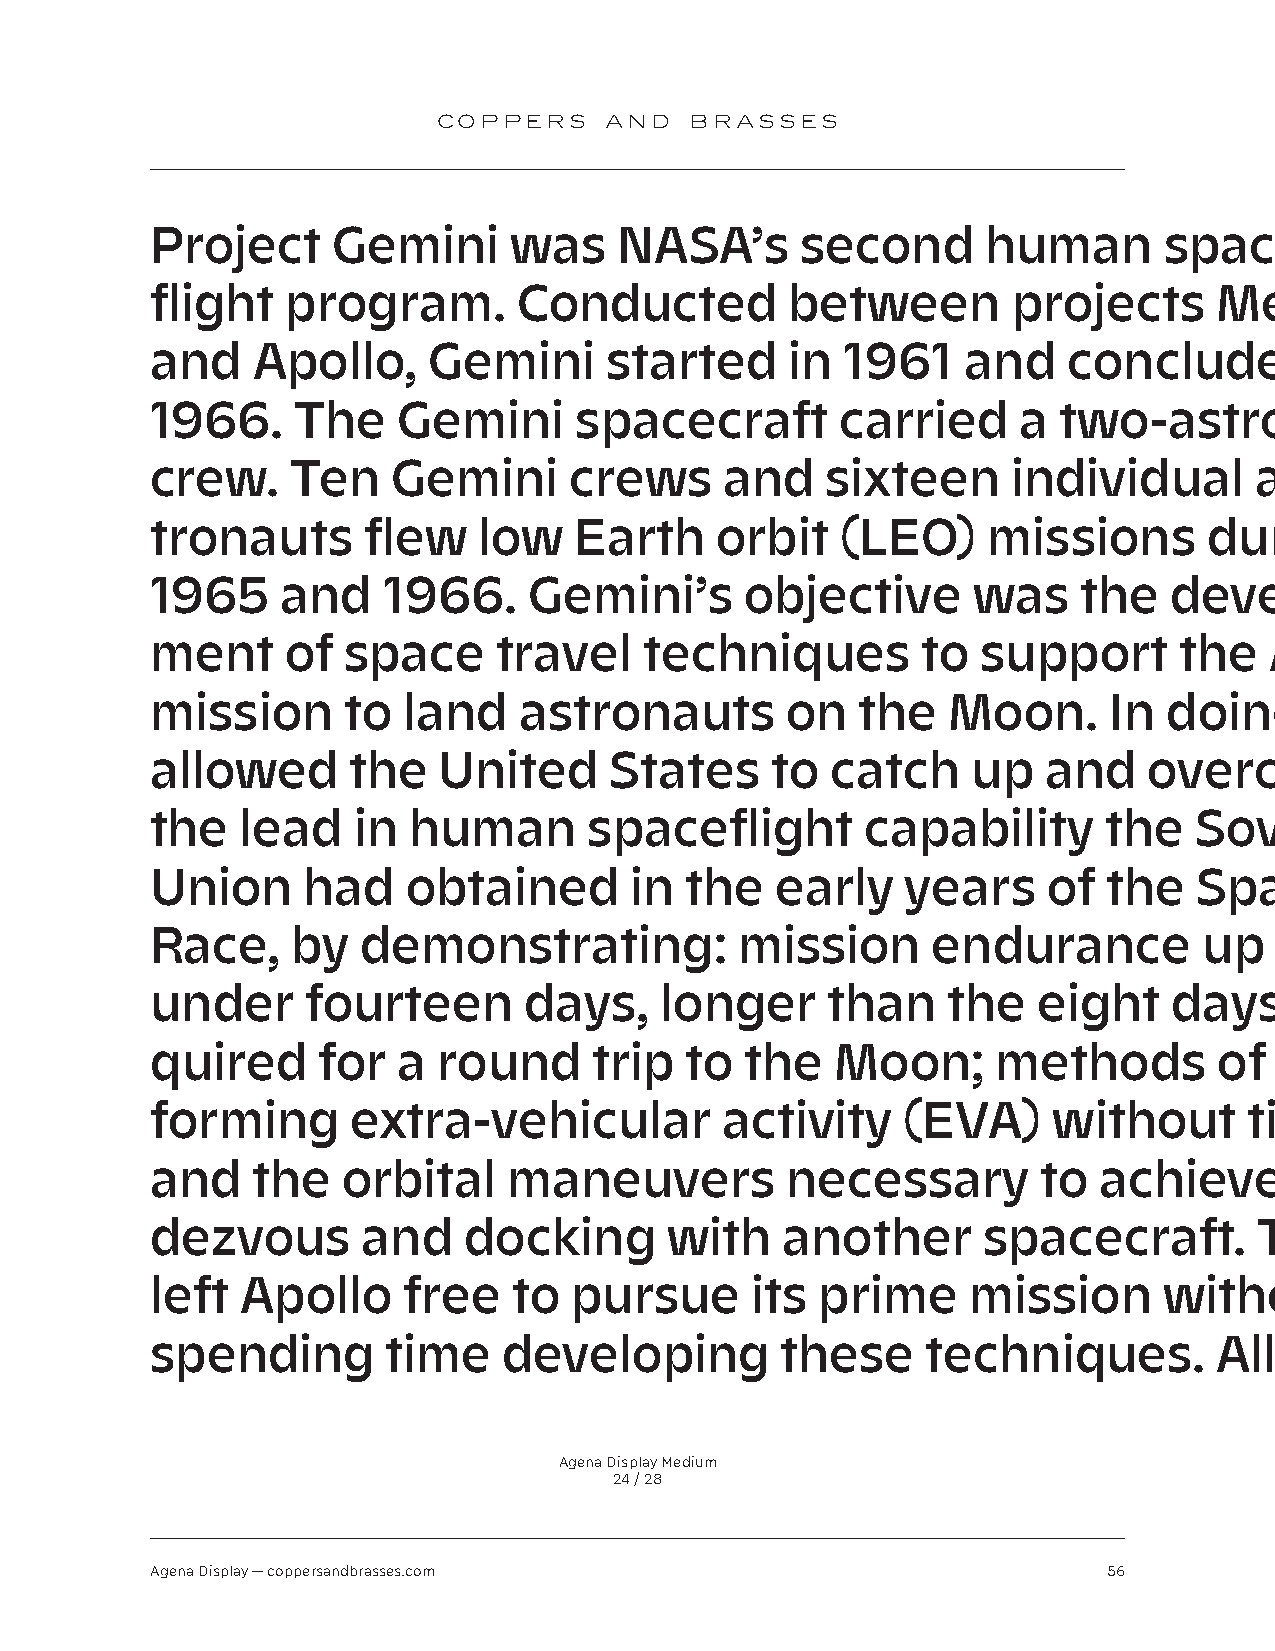
COPPERS    AND   BRASSES
 Project     Gemini      was    NASA’s      second      human       space-
 flight   program.       Conducted         between        projects      Mercury
 and    Apollo,    Gemini      started     in  1961    and    concluded        in
 1966.     The   Gemini      spacecraft        carried     a two-astronaut
 crew.    Ten    Gemini      crews     and    sixteen     individual      as-
 tronauts      flew    low   Earth    orbit    (LEO)    missions       during
 1965     and   1966.     Gemini’s      objective      was    the   develop-
 ment     of  space     travel    techniques        to  support      the   Apollo
 mission      to  land   astronauts        on   the   Moon.     In  doing     so,  it
 allowed      the   United     States     to  catch    up   and    overcome
 the   lead   in  human       spaceflight       capability      the   Soviet
 Union     had    obtained       in the   early    years    of  the   Space
 Race,    by   demonstrating:           mission      endurance         up  to  just
 under     fourteen       days,    longer     than    the   eight    days    re-
 quired     for  a  round     trip  to  the   Moon;      methods        of  per-
 forming      extra-vehicular          activity    (EVA)     without      tiring;
 and    the   orbital    maneuvers         necessary        to  achieve      ren-
 dezvous       and    docking      with    another      spacecraft.       This
 left  Apollo     free   to  pursue      its prime     mission      without
 spending        time   developing         these    techniques.         All Gem-
 Agena Display Medium
 24 / 28
 Agena Display — coppersandbrasses.com                          56